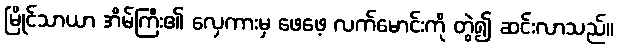
မြိုင်သာယာ အိမ်ကြီး၏ လှေကားမှ ဖေဖေ့ လက်မောင်းကို တွဲ၍ ဆင်းလာသည်။